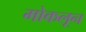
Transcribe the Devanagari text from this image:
मोकलून